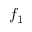
f _ { 1 }